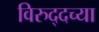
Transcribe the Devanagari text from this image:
विरुद्दच्या